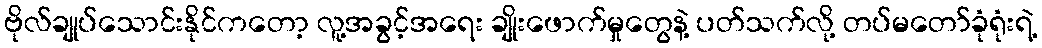
ဗိုလ်ချုပ်သောင်းနိုင်ကတော့ လူ့အခွင့်အရေး ချိုးဖောက်မှုတွေနဲ့ ပတ်သက်လို့ တပ်မတော်ခုံရုံးရဲ့